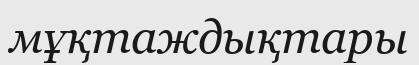
мұқтаждықтары